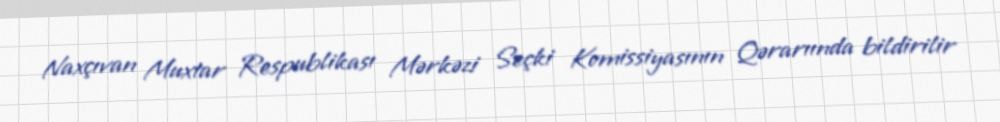
Naxçıvan Muxtar Respublikası Mərkəzi Seçki Komissiyasının Qərarıında bildirilir